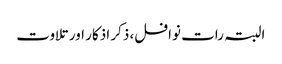
البتہ رات نوافل، ذکر اذکار اور تلاوت